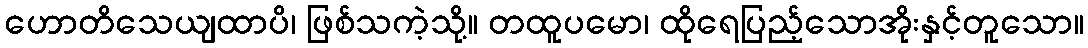
ဟောတိသေယျထာပိ၊ ဖြစ်သကဲ့သို့။ တထူပမော၊ ထိုရေပြည့်သောအိုးနှင့်တူသော။